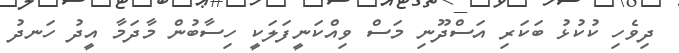
ދިވެހި ކުކުޅު ބަކަރި އަސްދޫނި މަސް ވިއްކަނީފަލަކީ ހިސާބުން މާދަމާ އީދު ހަނދު